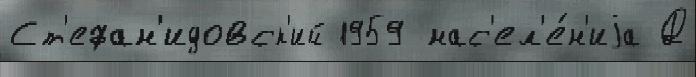
Ст'ефан'идовск'ий 1959 нас'ел'е́н'иjа Д